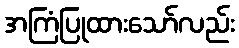
အကြံပြုထားသော်လည်း